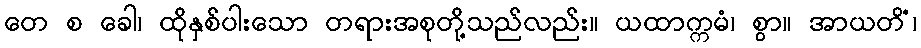
တေ စ ခေါ၊ ထိုနှစ်ပါးသော တရားအစုတို့သည်လည်း။ ယထာက္ကမံ၊ စွာ။ အာယတိံ၊